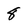
Character: 8